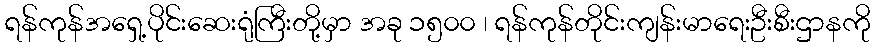
ရန်ကုန်အရှေ့ပိုင်းဆေးရုံကြီးတို့မှာ အခု ၁၅၀၀ ၊ ရန်ကုန်တိုင်းကျန်းမာရေးဦးစီးဌာနကို